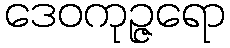
ဒေဝကုဉ္ဇရော